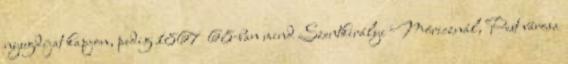
nyugdíjat kapjon, pedig 1867 68-ban mind Szentkirályi Móricznál, Pest városa